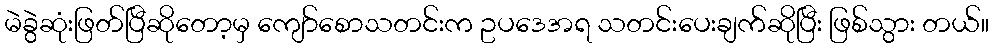
မဲခွဲဆုံးဖြတ်ပြီဆိုတော့မှ ကျော်စောသတင်းက ဥပဒေအရ သတင်းပေးချက်ဆိုပြီး ဖြစ်သွား တယ်။